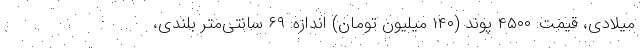
میلادی، قیمت: ۴۵۰۰ پوند (۱۴۰ میلیون تومان) اندازه: ۶۹ سانتی‌متر بلندی،